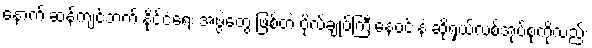
နောက် ဆန့်ကျင်ဘက် နိုင်ငံရေး အဖွဲ့တွေ ဖြစ်တဲ့ ဗိုလ်ချုပ်ကြီးနေဝင်းနဲ့ ဆိုရှယ်လစ်အုပ်စုကိုလည်း